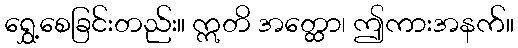
ရွှေ့စေခြင်းတည်း။ ဣတိ အတ္ထော၊ ဤကားအနက်။